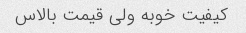
کیفیت خوبه ولی قیمت بالاس